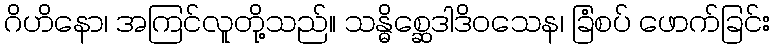
ဂိဟိနော၊ အကြင်လူတို့သည်။ သန္ဓိစ္ဆေဒါဒိဝသေန၊ ခြံစပ် ဖောက်ခြင်း